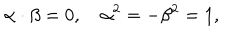
\alpha \cdot \beta = 0 , \quad \alpha ^ { 2 } = - \beta ^ { 2 } = 1 ,